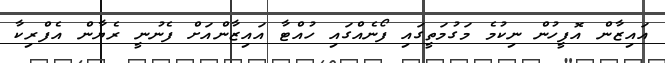
އައިޒާން އޮފީހުން ނިކުމެ މަގުމަތީގައި ފޯނެއްގައި ހުއްޓާ އައިޒާންއަށް ފެނުނީ ރެޔާން އެފްރިކާ